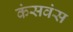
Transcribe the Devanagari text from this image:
कंसवंस